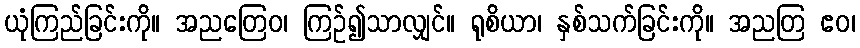
ယုံကြည်ခြင်းကို။ အညတြေဝ၊ ကြဉ်၍သာလျှင်။ ရုစိယာ၊ နှစ်သက်ခြင်းကို။ အညတြ ဧဝ၊